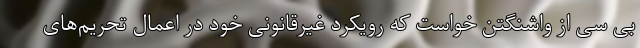
بی سی از واشنگتن خواست که رویکرد غیرقانونی خود در اعمال تحریم‌های